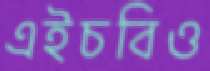
এইচবিও